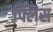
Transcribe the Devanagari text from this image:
फ्लिस